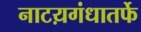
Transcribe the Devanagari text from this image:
नाटय़गंधातर्फे